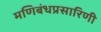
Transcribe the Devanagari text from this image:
मणिबंधप्रसारिणी